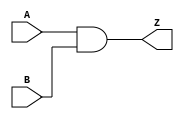
module notech_and2 (A,B,Z);
input A,B;
output Z;
assign Z=A&B;
endmodule